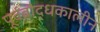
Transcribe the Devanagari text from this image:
पूर्वबौद्धकालीन